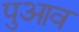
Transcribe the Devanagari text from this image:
पुआव